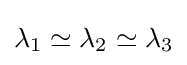
\lambda _{1}\simeq \lambda _{2}\simeq \lambda _{3}